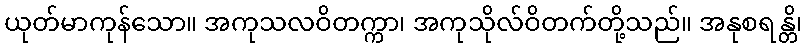
ယုတ်မာကုန်သော။ အကုသလဝိတက္ကာ၊ အကုသိုလ်ဝိတက်တို့သည်။ အနုစရန္တိ၊